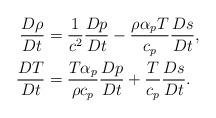
LaTeX: \begin{align*}\frac{D\rho}{Dt}&=\frac{1}{c^2} \frac{Dp}{Dt} - \frac{\rho \alpha_p T}{c_p} \frac{Ds}{Dt},\\\frac{DT}{Dt}&=\frac{T \alpha_p}{\rho c_p} \frac{Dp}{Dt}+ \frac{T}{c_p} \frac{Ds}{Dt}.\end{align*}